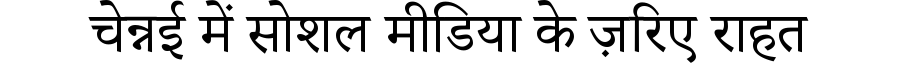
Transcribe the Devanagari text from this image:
चेन्नई में सोशल मीडिया के ज़रिए राहत